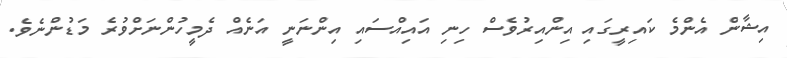
އިޝާން އެންމެ ކައިރީގައި އިންއިރުވެސް ހިނި އައިއްސައި އިންނަނީ އަނެއް ދެމީހުންނަށްވުރެ މަޑުންނެވެ.